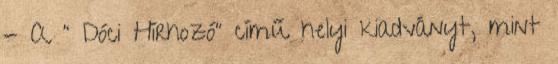
- A ” Dóci Hírhozó” című helyi kiadványt, mint